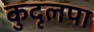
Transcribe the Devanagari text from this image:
कुदृलपा